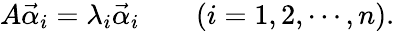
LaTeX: A{\vec{\alpha}}_{i}=\lambda_{i}{\vec{\alpha}}_{i}\qquad(i=1,2,\cdots,n).